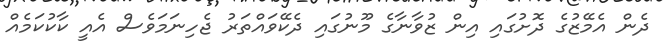
ދެން އެމޭޒުގެ ދޮށުގައި އިން ޒުވާނާގެ މޫނުގައި ދެކޭވައްތަރު ޖެހިނަމަވެސް އެއީ ކާކުކަމެއް